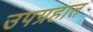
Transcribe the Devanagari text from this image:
उपग्रहात